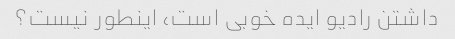
داشتن رادیو ایده خوبی است، اینطور نیست؟